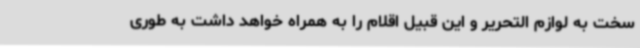
سخت به لوازم التحریر و این قبیل اقلام را به همراه خواهد داشت به طوری